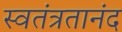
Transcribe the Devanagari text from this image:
स्वतंत्रतानंद